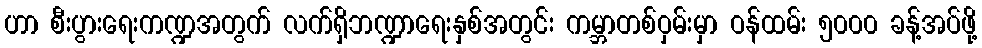
ဟာ စီးပွားရေးကဏ္ဍအတွက် လက်ရှိဘဏ္ဍာရေးနှစ်အတွင်း ကမ္ဘာတစ်ဝှမ်းမှာ ဝန်ထမ်း ၅၀၀၀ ခန့်အပ်ဖို့